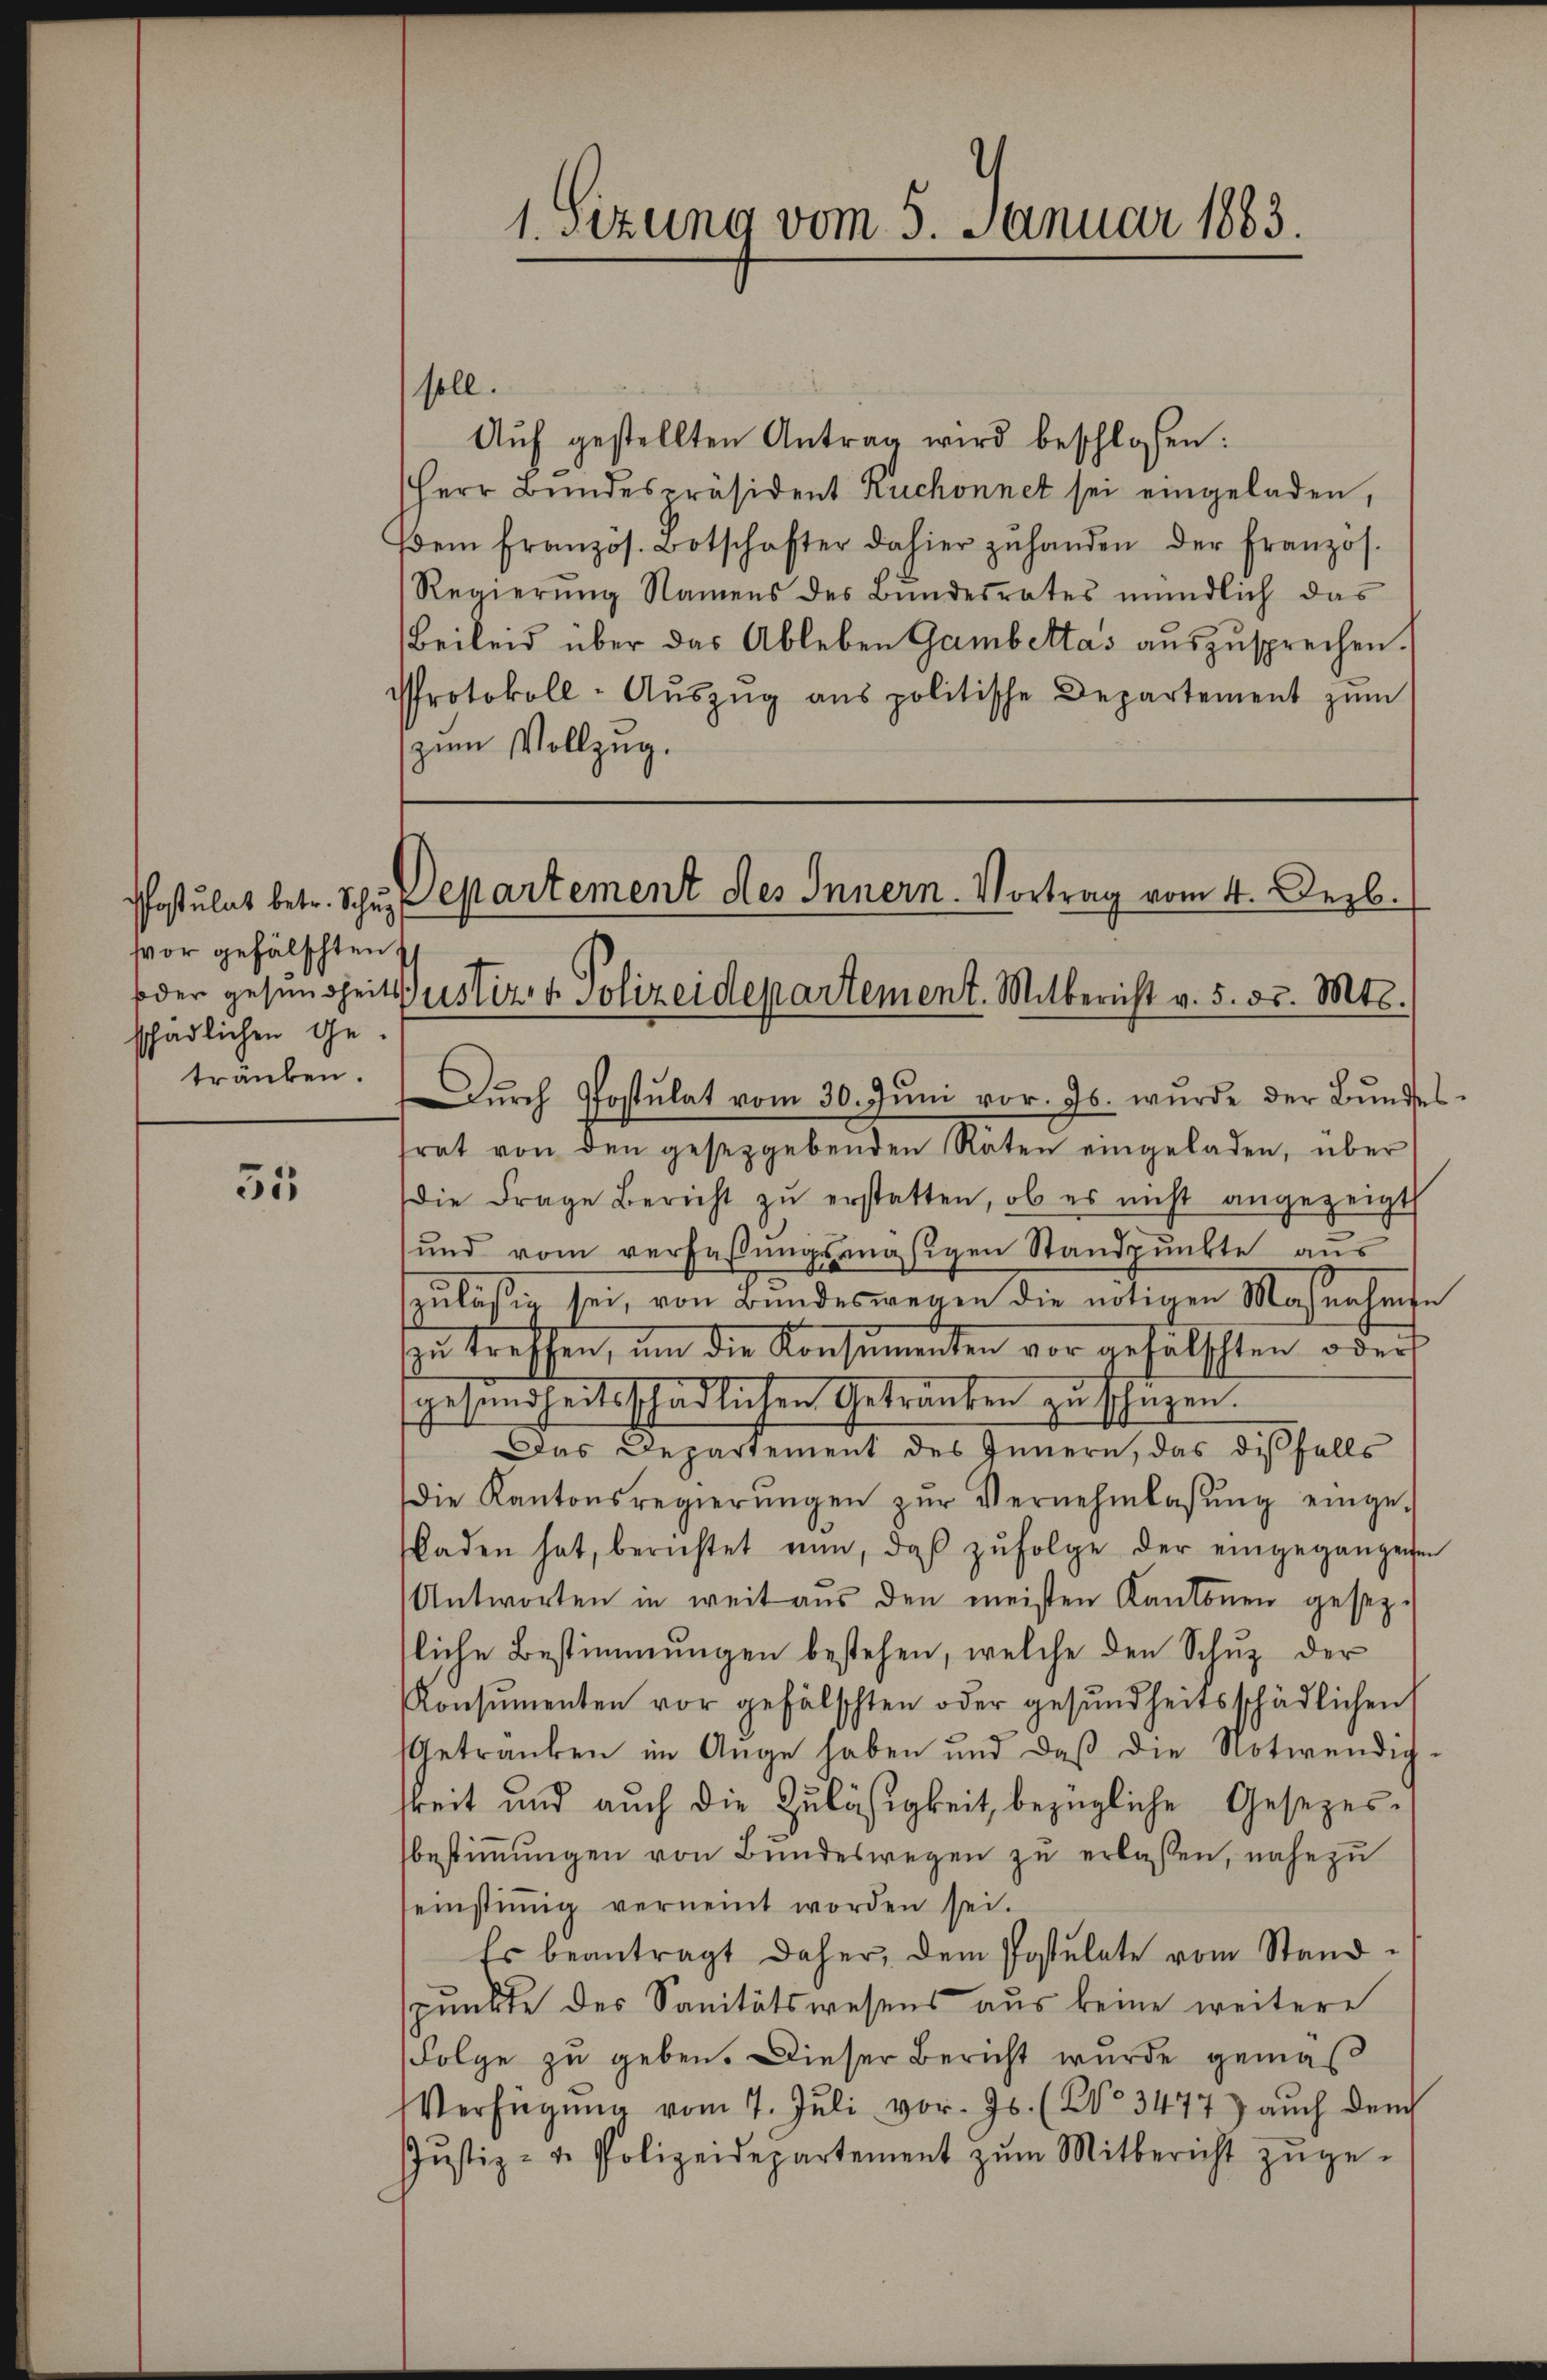
fvor gefälschten
schädlichen Ge-
tränken.

35

Auf gestellten Antrag wird beschlossen:
Herr Bŭndespräsident Ruchonnet sei eingeladen,
(dem französ. Botschafter dahier zŭ handen der Franzos.
Regierung Namens des Bundesrates mündlich das
Beileid über das Ableben Gambeltas auszusprechen.
Protokoll-Aŭszŭg ans politische Departement zŭm
zum Vollzug.
Postulat betr. Schus Departement des Innern Vortrag vom 4. Dezb.
oder gesundheit Justiz- & Polizeidepartement. Mitbericht v. 5. d. Mts.

soll.

1. Sizung vom 5. Januar 1883.

Dŭrch Postulat vom 30. Jŭni vor. Js. wurde der Bŭndes-

frat von den gesetzgebenden Räten eingeladen, über
die Frage Bericht zŭ erstatten, ob es nicht angezeigt
und vom verfaßungsmäsigen Standpunkte aus
zulässig sei, von Bundeswegen die nötigen Maßnahmse
zu treffen, um die Konsummenten vor gefälschten oder
gesundheitsschädlichen Getränken zu schüzen.
Das Departement des Innern, das disfalls
die Kantonsregierŭngen zŭr Vernehmlassŭng einge-
laden hat, berichtet nun, daβ zŭfolge der eingegangenen
Antworten in weit aŭs den meisten Kantonen gesezliche Bestimmungen bestehen, welche den Schuz der
Konsumenten vor gefälschten oder gesundheitsschädlichen
Getranken im Auge haben und daβ die Notwendig-
gkeit und auch die Zuläßigkeit, bezügliche Gesezesbestimmungen von Bundeswegen zu erlaßen, nahezu
seinstiṁig verneint worden sei.
Es beantragt daher, dem Postulate vom Stand
spunkte des Sanitätswesens aus keine weitere
Folge zu geben. Dieser Bericht wurde gemäß
Verfügŭng vom 7. Jŭli vor. Js. (No 3477) auch den
Jŭstiz- u. Polizeidepartement zŭm Mitbericht zŭge-